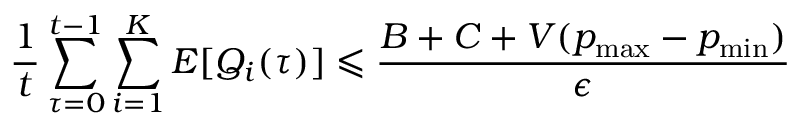
{ \frac { 1 } { t } } \sum _ { \tau = 0 } ^ { t - 1 } \sum _ { i = 1 } ^ { K } E [ Q _ { i } ( \tau ) ] \leqslant { \frac { B + C + V ( p _ { \operatorname* { m a x } } - p _ { \operatorname* { m i n } } ) } { \epsilon } }